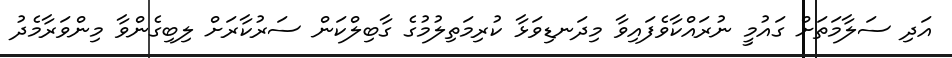
އަދި ސަލާމަތަށް ގައުމީ ނުރައްކާވެފައިވާ މިދަނޑިވަޅާ ކުރިމަތިލުމުގެ ގާބިލްކަން ސަރުކާރަށް ލިބިގެންވާ މިންވަރާމެދު